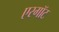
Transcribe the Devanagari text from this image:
एरगॉट